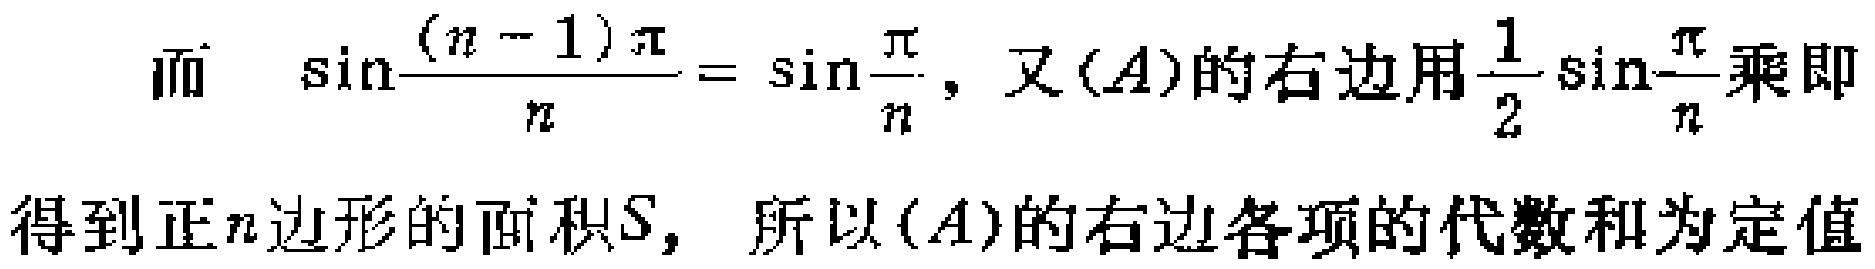
而 \(\sin\frac{(n - 1)\pi}{n}= \sin\frac{\pi}{n}\)，又\((A)\)的右边用\(\frac{1}{2}\sin\frac{\pi}{n}\)乘即
得到正\(n\)边形的面积\(S\)，所以\((A)\)的右边各项的代数和为定值